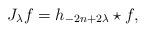
LaTeX: \begin{gather*}J_\lambda f = h_{-2n+2\lambda} \star f,\end{gather*}